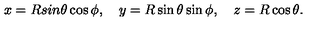
x = R s i n \theta \cos \phi , \quad y = R \sin \theta \sin \phi , \quad z = R \cos \theta .